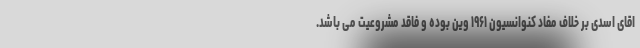
اقای اسدی بر خلاف مفاد کنوانسیون ۱۹۶۱ وین بوده و فاقد مشروعیت می باشد.